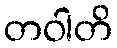
တဝါတိ